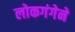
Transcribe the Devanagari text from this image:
लोकगंगेने